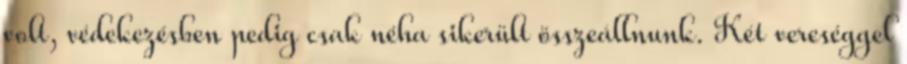
volt, védekezésben pedig csak néha sikerült összeállnunk. Két vereséggel